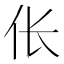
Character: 伥